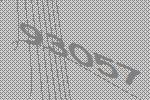
93057